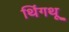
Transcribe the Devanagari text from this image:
थिंगथू